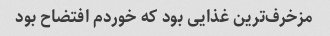
مزخرف‌ترین غذایی بود که خوردم افتضاح بود